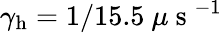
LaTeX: \gamma_{\mathrm{h}}=1/15.5~\mu\mathrm{~s~}^{-1}